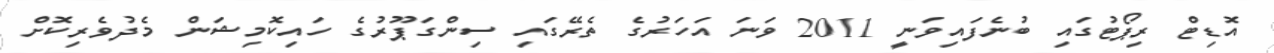
އޮޑިޓް ރިޕޯޓުގައި ބުނެފައިވަނީ 2011 ވަނަ އަހަރުގެ ތެރޭގައި ސިންގަޕޫރުގެ ހައިކޮމިޝަން މެދުވެރިކޮށް